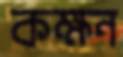
কক্ষন